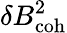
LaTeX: \delta B_{\mathrm{coh}}^{2}